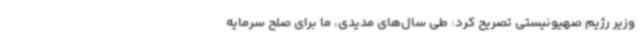
وزیر رژیم صهیونیستی تصریح کرد: طی سال‌های مدیدی، ما برای صلح سرمایه